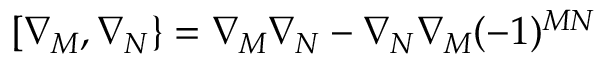
[ \nabla _ { M } , \nabla _ { N } \} = \nabla _ { M } \nabla _ { N } - \nabla _ { N } \nabla _ { M } ( - 1 ) ^ { M N }